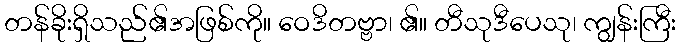
တန်ခိုးရှိသည်၏အဖြစ်ကို။ ဝေဒိတဗ္ဗာ၊ ၏။ တီသုဒီပေသု၊ ကျွန်းကြီး